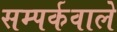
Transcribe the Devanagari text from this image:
सम्पर्कवाले